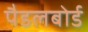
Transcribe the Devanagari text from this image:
पैडलबोर्ड